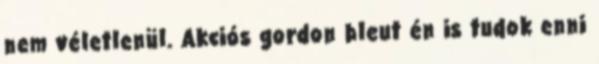
nem véletlenül. Akciós gordon bleut én is tudok enni